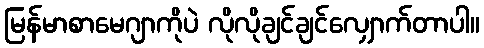
မြန်မာစာမေဂျာကိုပဲ လိုလိုချင်ချင်လျှောက်တာပါ။